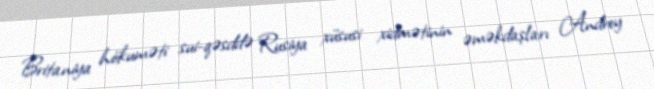
Britaniya hökuməti sui-qəsddə Rusiya xüsusi xidmətinin əməkdaşları Andrey